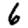
Digit: 6